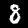
Digit: 8